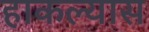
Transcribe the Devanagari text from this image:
हाकल्यास